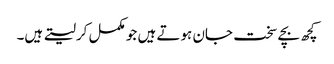
کچھ بچے سخت جان ہوتے ہیں جو مکمل کرلیتے ہیں۔